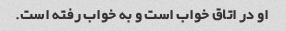
او در اتاق خواب است و به خواب رفته است.